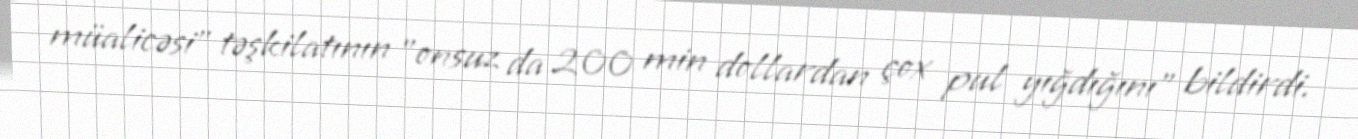
müalicəsi" təşkilatının "onsuz da 200 min dollardan çox pul yığdığını" bildirdi.